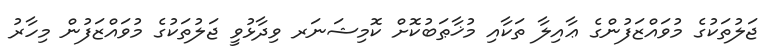
ޖަލުތަކުގެ މުވައްޒަފުންގެ ޢާއިލާ ތަކާއި މުޚާޠަބުކޮށް ކޮމިޝަނަރ ވިދާޅުވީ ޖަލުތަކުގެ މުވައްޒަފުން މިހާރު